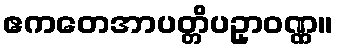
ဧကတေအာပတ္တိပဥှာဝဏ္ဏ။